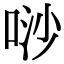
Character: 唦